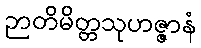
ဉာတိမိတ္တသုဟဇ္ဇာနံ